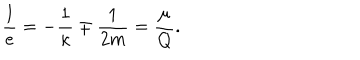
\frac { l } { e } = - \frac { 1 } { \kappa } \mp \frac { 1 } { 2 m } = \frac { \mu } { Q } .